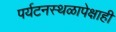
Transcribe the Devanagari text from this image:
पर्यटनस्थळापेक्षाही